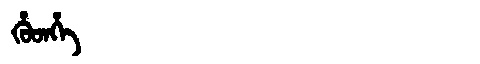
Manchu: ᡥᡠᡨᡥᡝ
Romanization: HUTHE